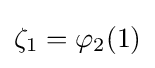
\zeta _{1}=\varphi _{2}(1)